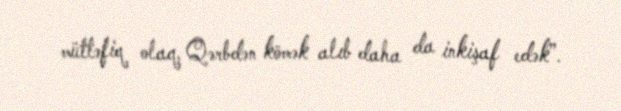
müttəfiq olaq, Qərbdən kömək alıb daha da inkişaf edək”.